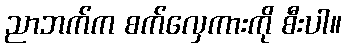
ညာဘက်က စက်လှေကားကို စီးပါ။